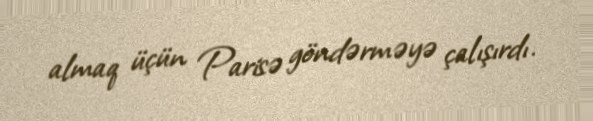
almaq üçün Parisə göndərməyə çalışırdı.